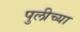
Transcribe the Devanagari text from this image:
पुलीच्या